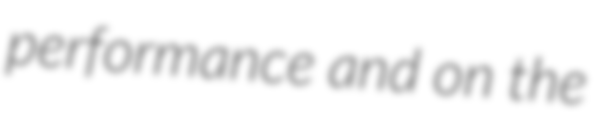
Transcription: performance and on the